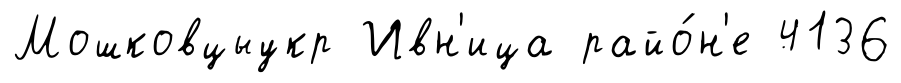
Мошковцыукр Ивн'ица райо́н'е 4136